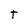
Character: t